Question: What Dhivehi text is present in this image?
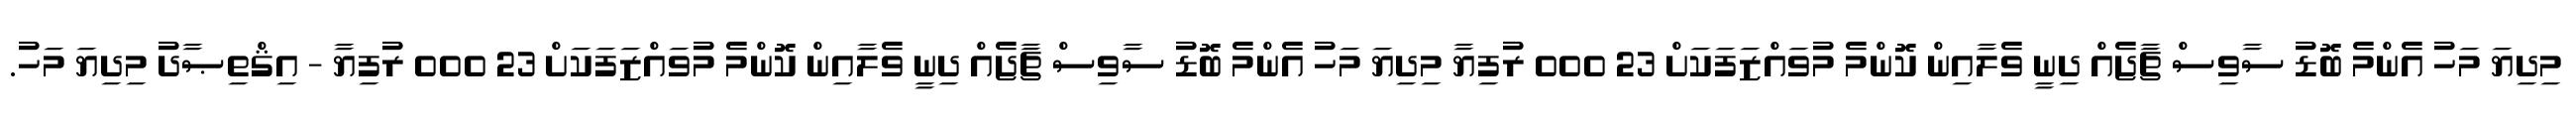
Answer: މިދިޔަ މަހު އެންމެ ބޮޑު ސާވިސް ޗާޖެއް ދިނީ ވެލާއިން ކޮންމެ މުވައްޒަފަކަށް 23 000 ރުފިޔާ މިދިޔަ މަހު އެންމެ ބޮޑު ސާވިސް ޗާޖެއް ދިނީ ވެލާއިން ކޮންމެ މުވައްޒަފަކަށް 23 000 ރުފިޔާ - އިޤްތިޞާދު މިދިޔަ މަހު.